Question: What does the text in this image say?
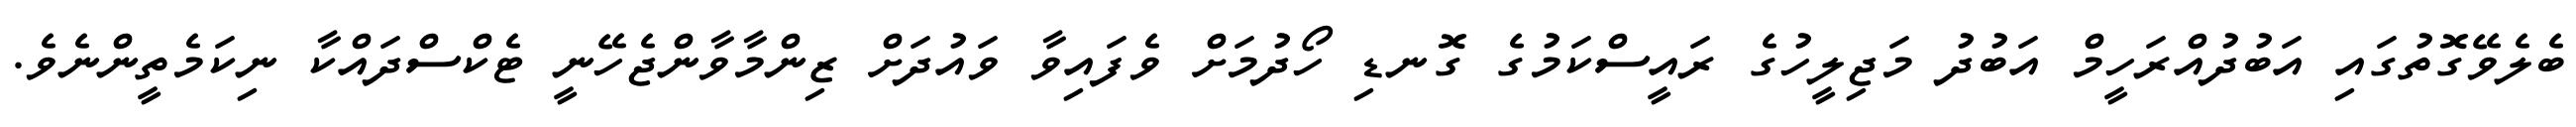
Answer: ބެލެވޭގޮތުގައި އަބުދުއްރަހީމް އަބުދު މަޖިލީހުގެ ރައީސްކަމުގެ ގޮނޑި ހޯދުމަށް ވެފައިވާ ވައުދަށް ޒިންމާވާންޖެހޭނީ ޓެކްސްދައްކާ ނިކަމެތީންނެވެ.